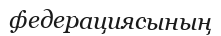
федерациясының